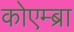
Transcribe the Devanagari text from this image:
कोएम्ब्रा